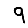
Digit: 9